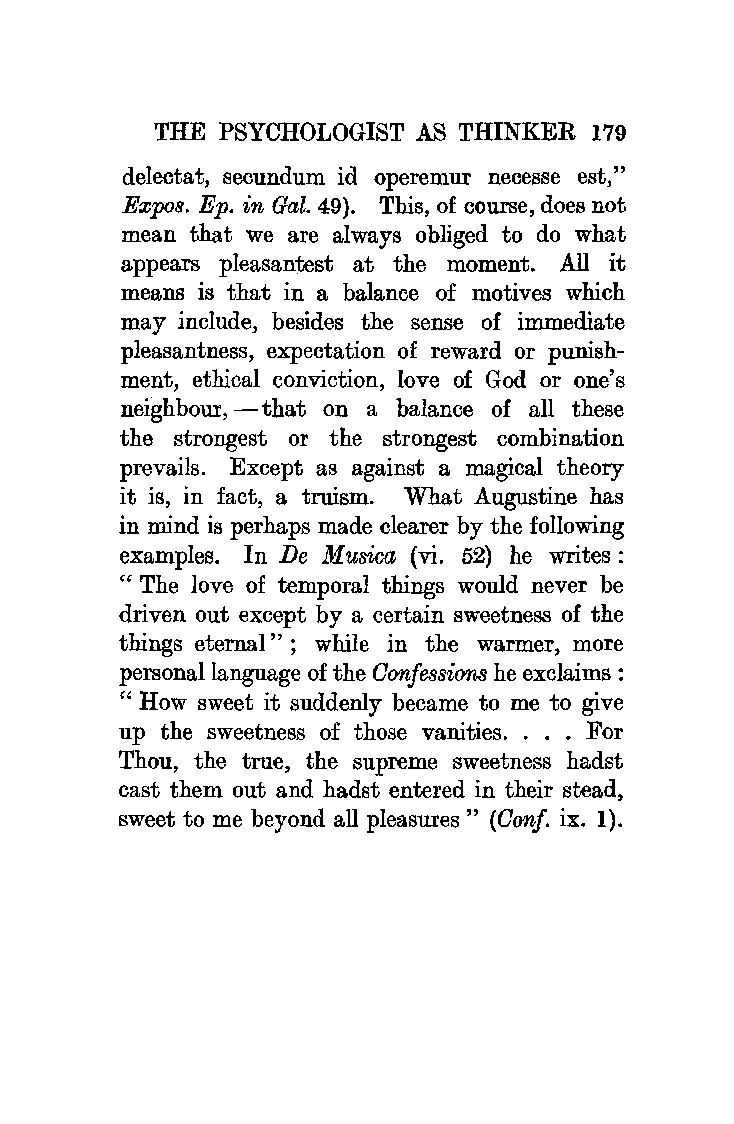
THE PSYCHOLOGIST AS THINKER  179
 delectat, secundum id operemur necesse est,"
 Expos. Ep. in Gal. 49). This, of course, does not
 mean that we are always obliged to do what
 appears pleasantest at the moment. All it
 means is that in a balance of motives which
 may include, besides the sense of immediate
 pleasantness, expectation of reward or punish
 ment, ethical conviction, love of God or one's
 neighbour, -that on a balance of all these
 the strongest or the strongest combination
 prevails. Except as against a magical theory
 it is, in fact, a truism. What Augustine has
 in mind is perhaps made clearer by the following
 examples. In De Musica (vi. 52) he writes :
 " The love of temporal things would never be
 driven out except by a certain sweetness of the
 things eternal"; while in the warmer, more
 personal language of the Oonfe ssions he exclaims :
 " How sweet it suddenly became to me to give
 up the sweetness of those vanities. . . . For
 Thou, the true, the supreme sweetness hadst
 cast them out and hadst entered in their stead,
 sweet to me beyond all pleasures" (Oonf. ix. 1).